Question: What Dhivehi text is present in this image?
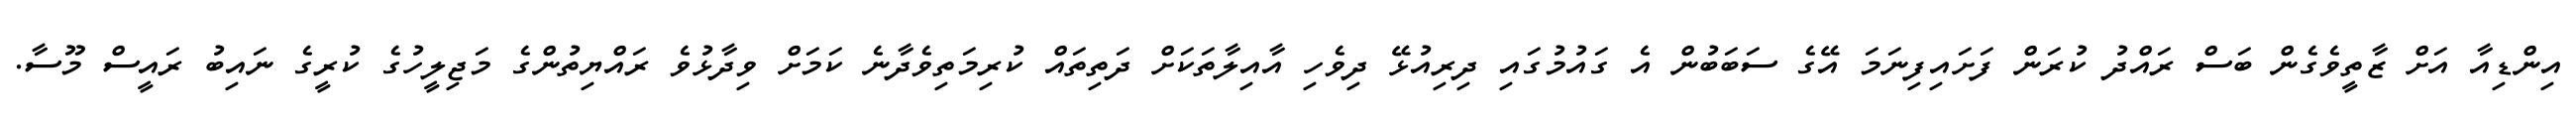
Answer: އިންޑިއާ އަށް ޒާތީވެގެން ބަސް ރައްދު ކުރަން ފަށައިފިނަމަ އޭގެ ސަބަބުން އެ ގައުމުގައި ދިރިއުޅޭ ދިވެހި އާއިލާތަކަށް ދަތިތައް ކުރިމަތިވެދާނެ ކަމަށް ވިދާޅުވެ ރައްޔިތުންގެ މަޖިލީހުގެ ކުރީގެ ނައިބު ރައީސް މޫސާ.